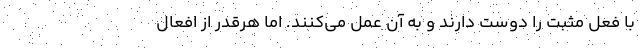
با فعل مثبت را دوست دارند و به آن عمل می‌کنند. اما هرقدر از افعال